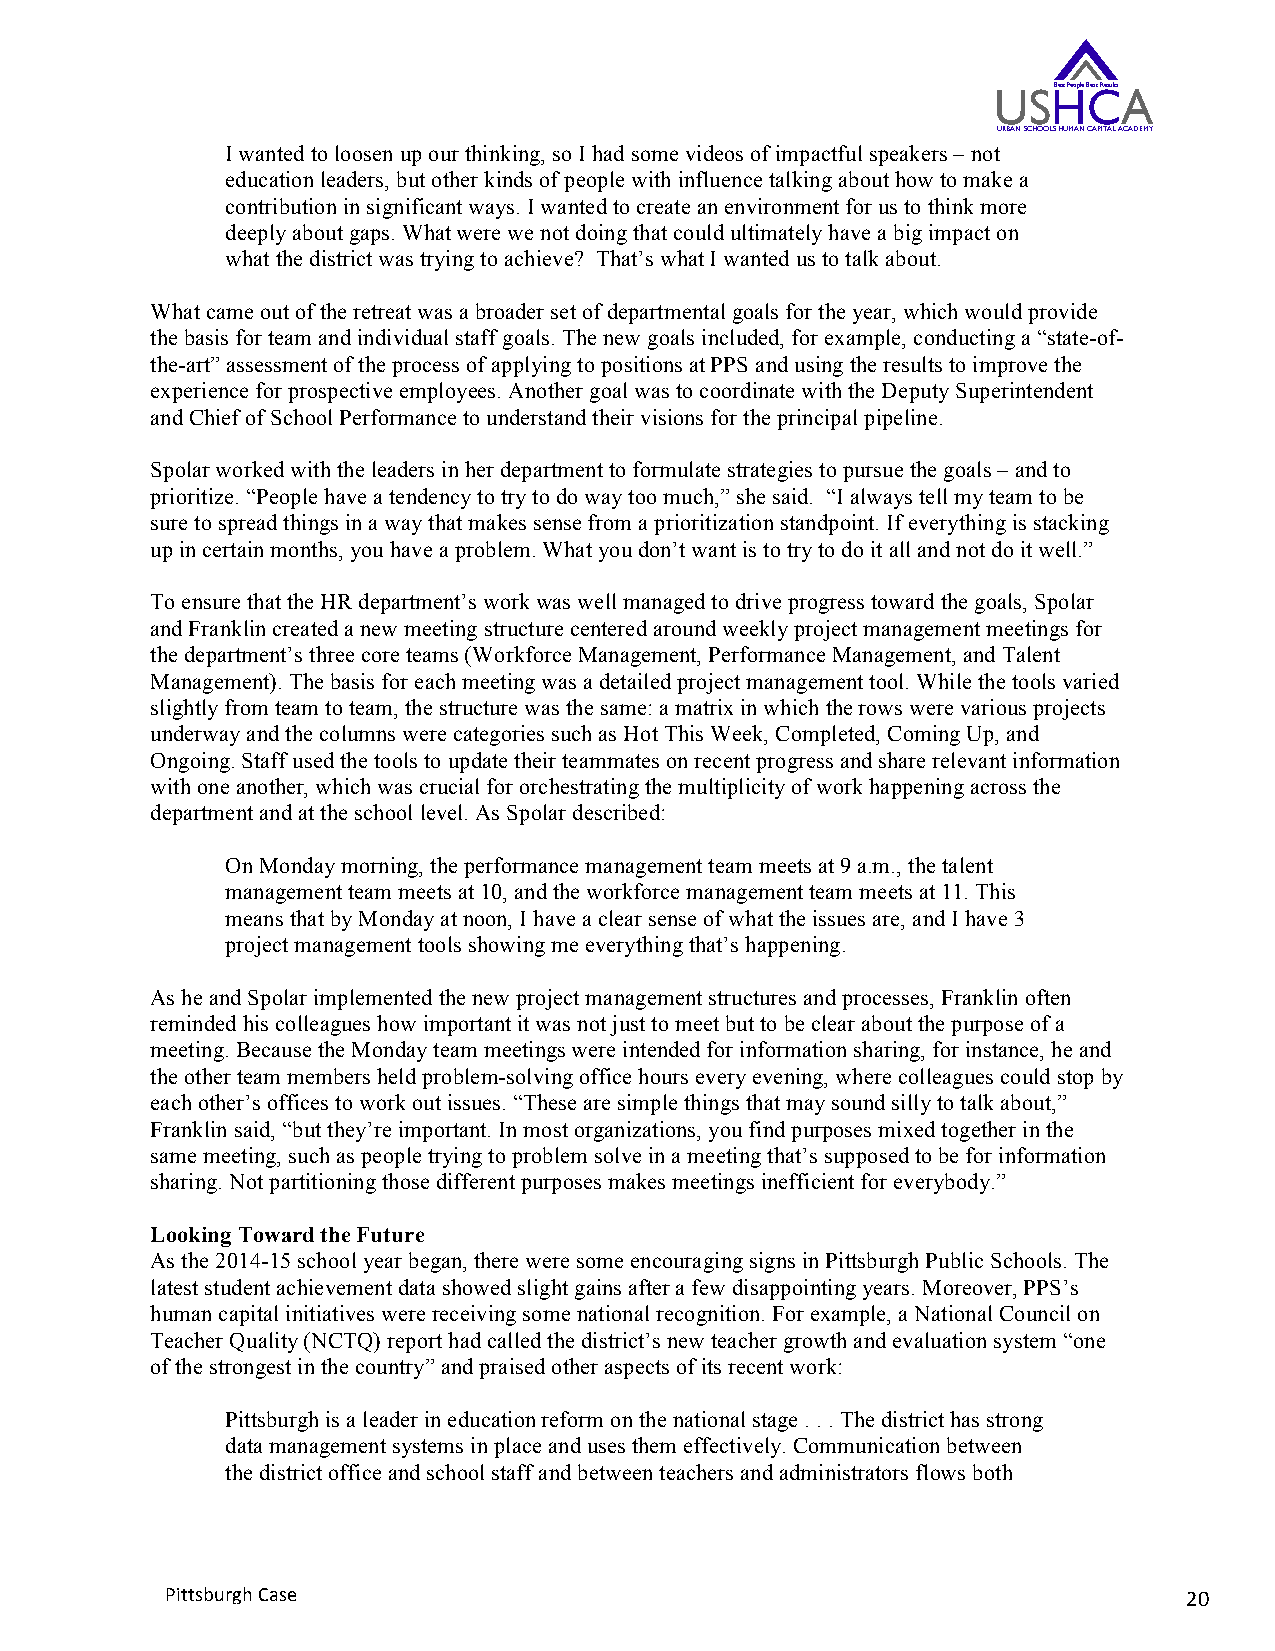
USHBest People CBest ResultsA
 URBAN SCHOOLS HUMAN CAPITAL ACADEMY
 I wanted to loosen up our thinking, so I had some videos of impactful speakers – not
 education leaders, but other kinds of people with influence talking about how to make a
 contribution in significant ways. I wanted to create an environment for us to think more
 deeply about gaps. What were we not doing that could ultimately have a big impact on
 what the district was trying to achieve? That’s what I wanted us to talk about.
 What came out of the retreat was a broader set of departmental goals for the year, which would provide
 the basis for team and individual staff goals. The new goals included, for example, conducting a “state-of-
 the-art” assessment of the process of applying to positions at PPS and using the results to improve the
 experience for prospective employees. Another goal was to coordinate with the Deputy Superintendent
 and Chief of School Performance to understand their visions for the principal pipeline.
 Spolar worked with the leaders in her department to formulate strategies to pursue the goals – and to
 prioritize. “People have a tendency to try to do way too much,” she said. “I always tell my team to be
 sure to spread things in a way that makes sense from a prioritization standpoint. If everything is stacking
 up in certain months, you have a problem. What you don’t want is to try to do it all and not do it well.”
 To ensure that the HR department’s work was well managed to drive progress toward the goals, Spolar
 and Franklin created a new meeting structure centered around weekly project management meetings for
 the department’s three core teams (Workforce Management, Performance Management, and Talent
 Management). The basis for each meeting was a detailed project management tool. While the tools varied
 slightly from team to team, the structure was the same: a matrix in which the rows were various projects
 underway and the columns were categories such as Hot This Week, Completed, Coming Up, and
 Ongoing. Staff used the tools to update their teammates on recent progress and share relevant information
 with one another, which was crucial for orchestrating the multiplicity of work happening across the
 department and at the school level. As Spolar described:
 On Monday morning, the performance management team meets at 9 a.m., the talent
 management team meets at 10, and the workforce management team meets at 11. This
 means that by Monday at noon, I have a clear sense of what the issues are, and I have 3
 project management tools showing me everything that’s happening.
 As he and Spolar implemented the new project management structures and processes, Franklin often
 reminded his colleagues how important it was not just to meet but to be clear about the purpose of a
 meeting. Because the Monday team meetings were intended for information sharing, for instance, he and
 the other team members held problem-solving office hours every evening, where colleagues could stop by
 each other’s offices to work out issues. “These are simple things that may sound silly to talk about,”
 Franklin said, “but they’re important. In most organizations, you find purposes mixed together in the
 same meeting, such as people trying to problem solve in a meeting that’s supposed to be for information
 sharing. Not partitioning those different purposes makes meetings inefficient for everybody.”
 Looking Toward the Future
 As the 2014-15 school year began, there were some encouraging signs in Pittsburgh Public Schools. The
 latest student achievement data showed slight gains after a few disappointing years. Moreover, PPS’s
 human capital initiatives were receiving some national recognition. For example, a National Council on
 Teacher Quality (NCTQ) report had called the district’s new teacher growth and evaluation system “one
 of the strongest in the country” and praised other aspects of its recent work:
 Pittsburgh is a leader in education reform on the national stage . . . The district has strong
 data management systems in place and uses them effectively. Communication between
 the district office and school staff and between teachers and administrators flows both
 Pittsburgh Case                                                     20